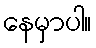
နေမှာပါ။